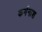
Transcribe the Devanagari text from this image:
कर्मनाश